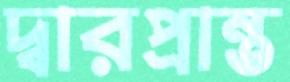
দ্বারপ্রান্ত